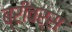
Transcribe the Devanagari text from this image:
ब्रीवर्स